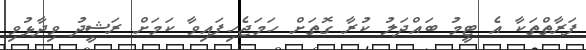
ފަރާތްތަކާ އެ ޓީމު ބައްދަލު ކުރާ ގޮތަށް ހަމަޖެހިފައިވާ ކަމަށް ރަޝީދު ވިދާޅުވި